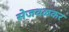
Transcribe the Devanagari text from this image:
सेजवळकर